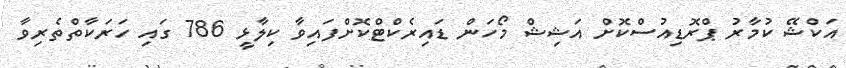
އަކްޝޭ ކުމާރު ޕްރޮޑިއުސްކޮށް އަޝިޝް މޯހަން ޑައިރެކްޓްކޮށްފައިވާ ކިލާޅީ 786 ގައި ހަރަކާތްތެރިވާ